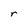
Character: r